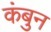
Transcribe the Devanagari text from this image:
कंबुन